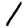
Digit: 1